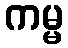
ကမ္မ